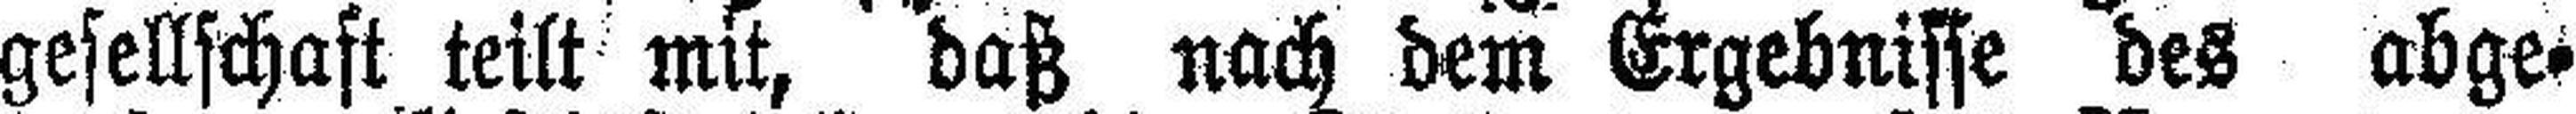
gesellschaft teilt mit, daß nach dem Ergebnisse des abge¬